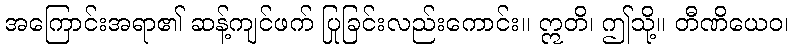
အကြောင်းအရာ၏ ဆန့်ကျင်ဖက် ပြုခြင်းလည်းကောင်း။ ဣတိ၊ ဤသို့။ တီဏိယေဝ၊